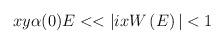
LaTeX: \begin{align*}xy\alpha(0)E<<|ixW\left( E\right)|<1\end{align*}